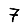
Digit: 7